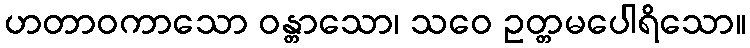
ဟတာဝကာသော ဝန္တာသော၊ သဝေ ဥတ္တမပေါရိသော။